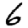
Digit: 6